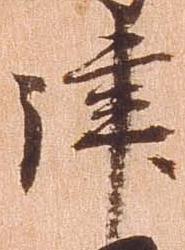
津